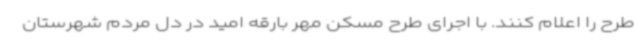
طرح را اعلام کنند. با اجرای طرح مسکن مهر بارقه امید در دل مردم شهرستان